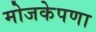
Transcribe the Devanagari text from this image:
मोजकेपणा